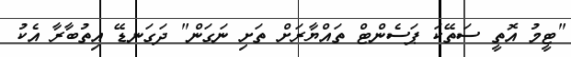
"ޓީމު އޮތީ ސަތޭކަ ޕަސެންޓް ތައްޔާރަށް ތަށި ނަގަން" ދަގަނޑޭ އިތުބާރާ އެކު